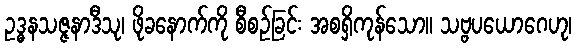
ဥဒ္ဓနသဇ္ဇနာဒီသု၊ ဖိုခနောက်ကို စီစဉ်ခြင်း အစရှိကုန်သော။ သဗ္ဗပယောဂေဟု၊